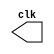
module clock(clk);
	
	output clk;
	reg clk;
	
	initial begin
		clk = 1'b0;
	end
	
	always
		
		begin
			#5 clk = ~clk;
		end
		
endmodule
module ffJK(output q, output qnot, input j, input k,input clk, input preset, input clear);
	reg q, qnot;
	
	always @(posedge clk or posedge clear or posedge preset)
	
	begin
	
		if(clear)
	
		begin
			q = 0;
			qnot = 1;
		end
	
		else if(preset)
	
		begin
			q = 1;
			qnot = 0;
		end
	
		else if(j & ~k)
	
		begin
			q <= 1;
			qnot <= 0;
		end
	
		else if(~j & k)
	
		begin
			q <= 0;
			qnot <= 1;
		end
	
		else if(j & k)
	
		begin
			q <= ~q;
			qnot <= ~qnot;
		end
	end

endmodule